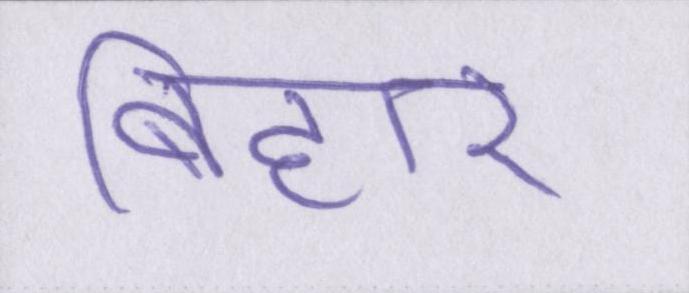
बिहार